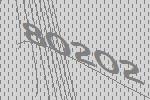
80202